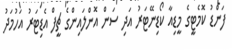
ފަންޑު ކޮމެޓީގެ މީޑިއާ ކޯޑިނޭޓަރު އަދި ސަން އޮންލައިންގެ ޗީފް އެޑިޓަރު އަހުމަދު